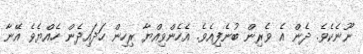
ނޫނެކެވެ. ދެން އެ ވެރިން ބުނެފިއެވެ. އެހެންވިއްޔާ ރިހިން ހަދައިދެން ހެއްޔެވެ އޭނާ